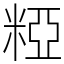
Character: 𥺼